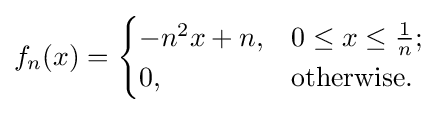
f_{n}(x)={\begin{cases}-n^{2}x+n,&0\leq x\leq {\tfrac {1}{n}};\\0,&{\text{otherwise.}}\end{cases}}